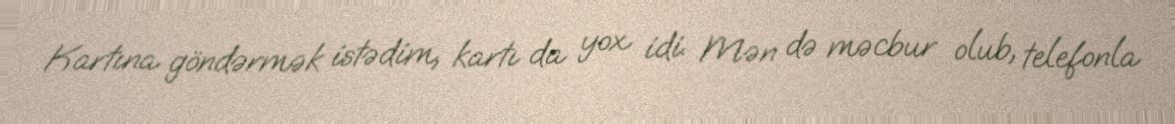
Kartına göndərmək istədim, kartı da yox idi. Mən də məcbur olub, telefonla